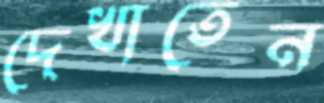
দেখাতেন